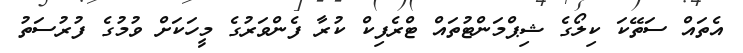
އެތައް ސަތޭކަ ކިލޯގެ ޝިޕްމަންޓުތައް ޓްރެފިކް ކުރާ ފެންވަރުގެ މީހަކަށް ވުމުގެ ފުރުސަތު